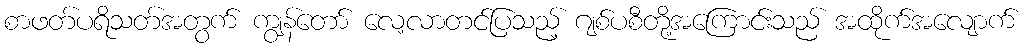
စာဖတ်ပရိသတ်အတွက် ကျွန်တော် လေ့လာတင်ပြသည့် ဂျစ်ပစီတို့အကြောင်းသည် အထိုက်အလျောက်